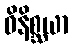
ဝိနိစ္ဆယာ